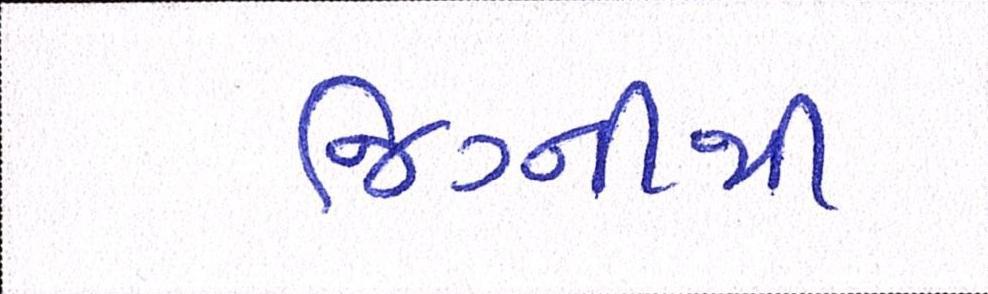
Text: જિગ્નીથી